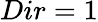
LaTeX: Dir=1